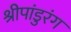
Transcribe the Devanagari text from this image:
श्रीपांडुरंग